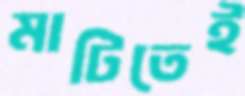
মাটিতেই